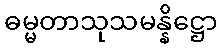
ဓမ္မတာသုသမန္နိဋ္ဌော